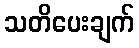
သတိပေးချက်